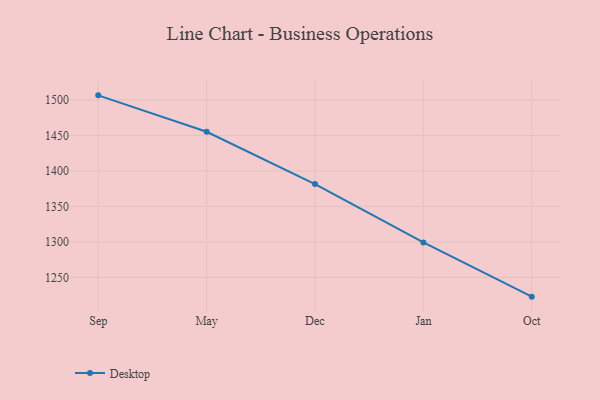
{"axis": {"x": "Month", "y": "Waste Production (Tons)"}, "legend": ["Desktop"], "data": [{"x": "Sep", "y": 1506.4, "type": "Desktop"}, {"x": "May", "y": 1455.1, "type": "Desktop"}, {"x": "Dec", "y": 1381.5, "type": "Desktop"}, {"x": "Jan", "y": 1299.2, "type": "Desktop"}, {"x": "Oct", "y": 1222.9, "type": "Desktop"}]}